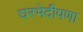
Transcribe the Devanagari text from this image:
घरभेदीपणा